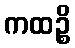
ကထဉ္စိ